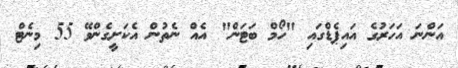
އަންނަ އަހަރުގެ އައިޕެޑްގައި "ހޯމް ބަޓަން" އެއް ނެތުން އެކަށީގެންވޭ 55 މިނެޓް